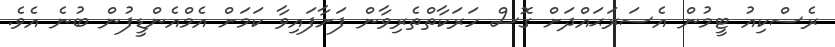
ރެސްކިއު ޓީމުން އެސަރަޙައްދަށް ގޮސް ހަރަކާތްތެރިވާން ފަށާފައިވާ ކަމަށް އެމްއެންޑީފުން ބުނެ އެވެ.